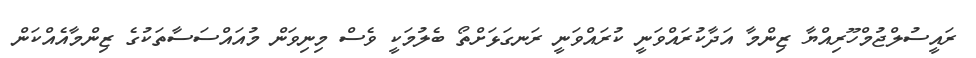
ރައީސުލްޖުމްހޫރިއްޔާ ޒިންމާ އަދާކުރައްވަނީ ކުރައްވަނީ ރަނގަޅަށްތޯ ބެލުމަކީ ވެސް މިނިވަން މުއައްސަސާތަކުގެ ޒިންމާއެއްކަން